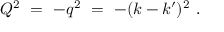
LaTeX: Q ^ { 2 } \ = \ - q ^ { 2 } \ = \ - ( k - k ^ { \prime } ) ^ { 2 } \ .